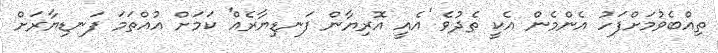
ތިއްބެވުމަށްފަހު އެންމެން އެކީ ތެދުވެ 'އެއީ އޮރިޔާން ފަނޑިޔާރެއް' ކަމަށް އުއްތަމަ ފަނޑިޔާރަށް